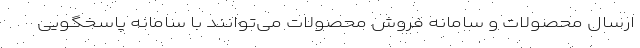
ارسال محصولات و سامانه فروش محصولات می‌توانند با سامانه پاسخگویی